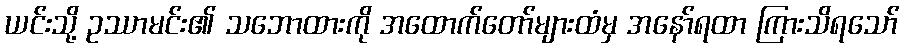
ယင်းသို့ ဥဿာမင်း၏ သဘောထားကို အထောက်တော်များထံမှ အနော်ရထာ ကြားသိရသော်